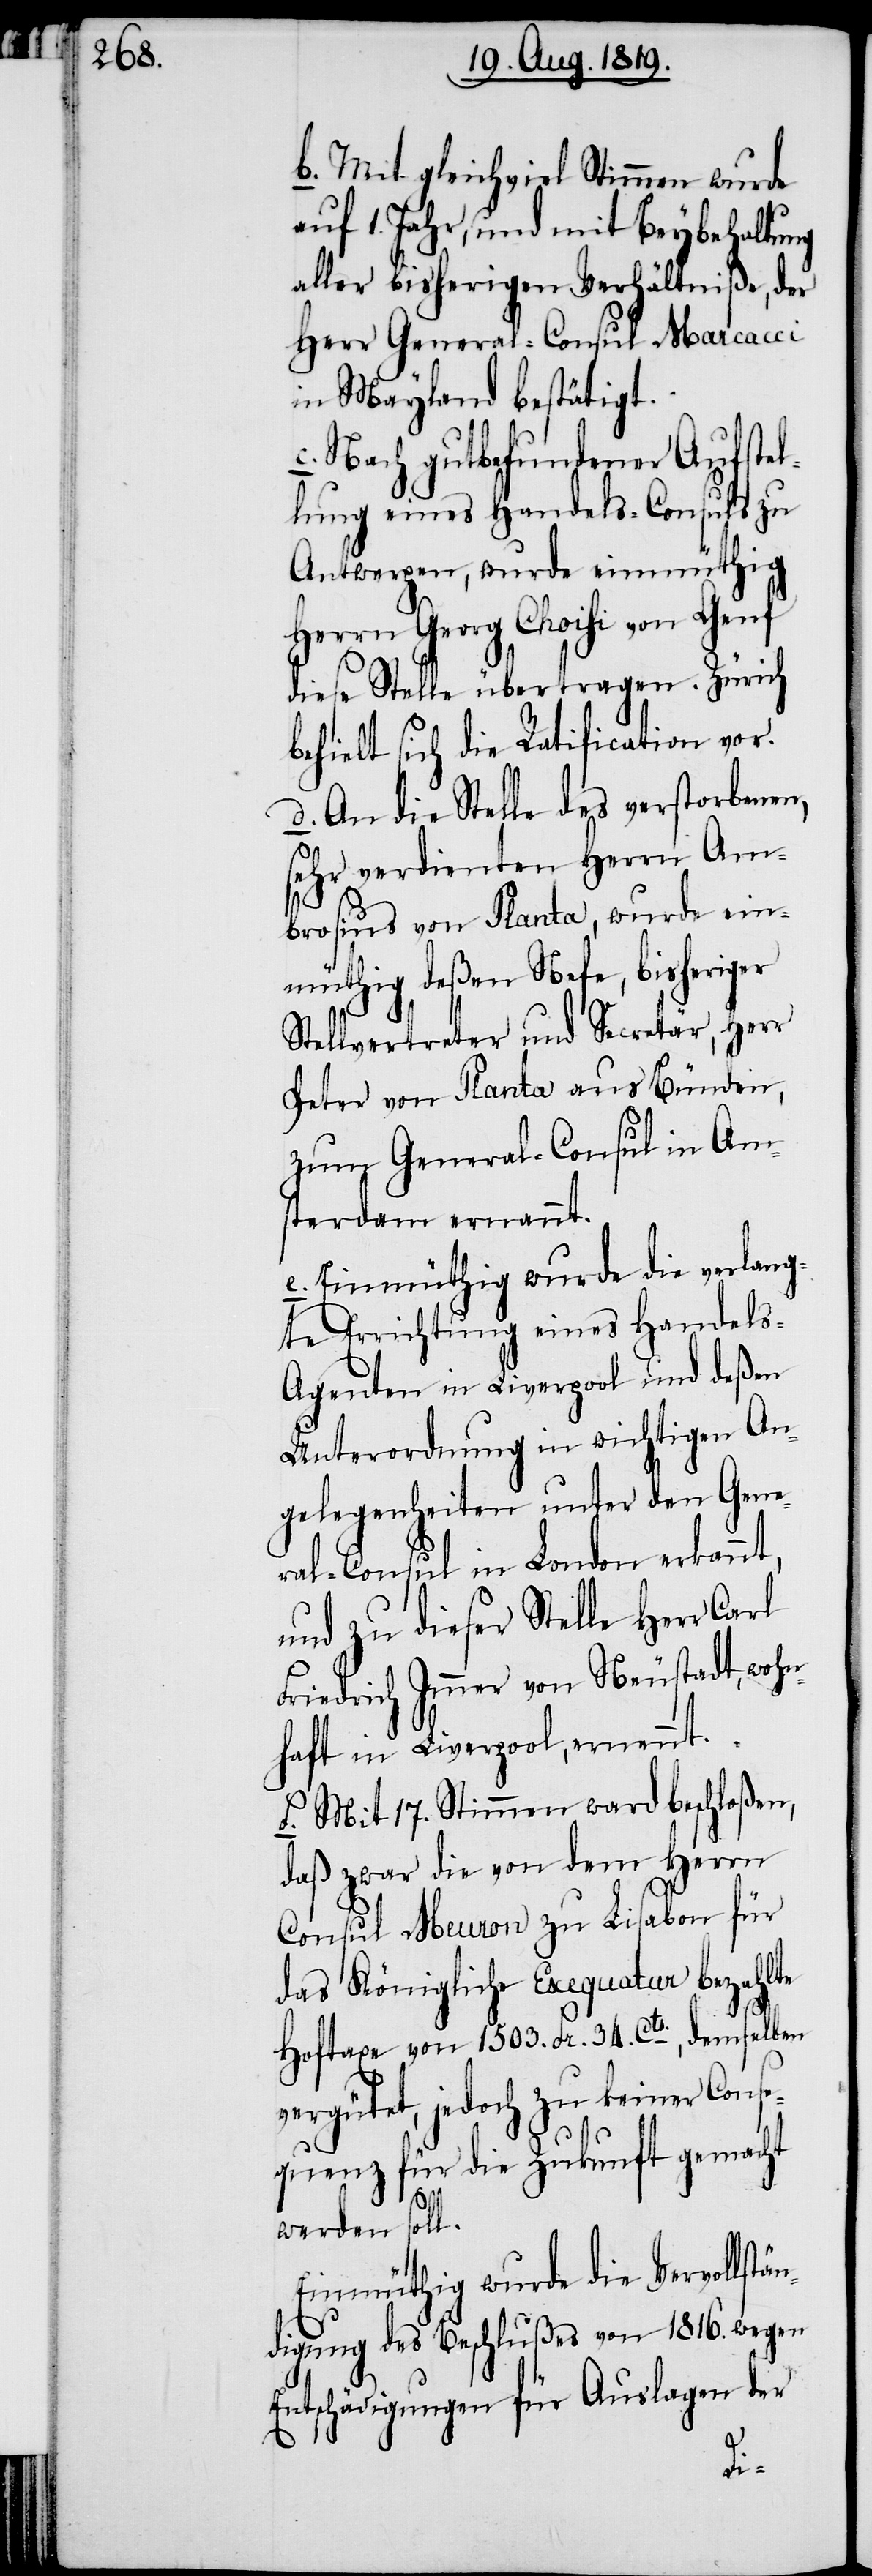
b. Mit gleichviel Stimmen wurde
auf 1. Jahr, und mit Beybehaltung
aller bisherigen Verhältniße, der
Herr General-Consul Marcacci
in Mayland bestätigt.
c. Nach gutbefundener Aufstel¬
lung eines Handels-Consuls zu
Antwerpen, wurde einmüthig
Herrn Georg Choisi von Genf
diese Stelle übertragen. Zürich
behielt sich die Ratification vor.
d. An die Stelle des verstorbenen,
sehr verdienten Herrn Am¬
brosius von Planta, wurde ein¬
müthig deßen Neffe, bisheriger
Stellvertreter und Secretär, Herr
Peter von Planta aus Bünden,
zum General-Consul in Am¬
sterdam ernannt.
e. Einmüthig wurde die verlang¬
te Errichtung eines Handels-A¬
genten in Liverpool und deßen
Unterordnung in wichtigen An¬
gelegenheiten unter den Gene¬
ral-Consul in London erkannt,
und zu dieser Stelle Herr Carl
Friedrich Immer von Neustadt, wohn¬
haft in Liverpool, ernennt.
f. Mit 17. Stimmen ward beschloßen,
daß zwar die von dem Herrn
Consul Meuron zu Lisabon für
das Königliche Exequatur bezahlte
Hoftaxe von 1503. Fr. 34. Cts., demselben
vergütet, jedoch zu keiner Conse¬
quenz für die Zukunft gemacht
werden soll.
Einmüthig wurde die Vervollst¬
digung des Beschlußes von 1816. wegen
Entschädigungen für Auslagen der
än¬